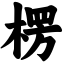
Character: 楞